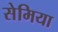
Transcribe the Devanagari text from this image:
सेमिया